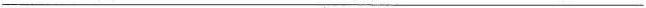
___